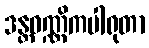
ဒန္တဝဏ္ဏိကပါရုတာ